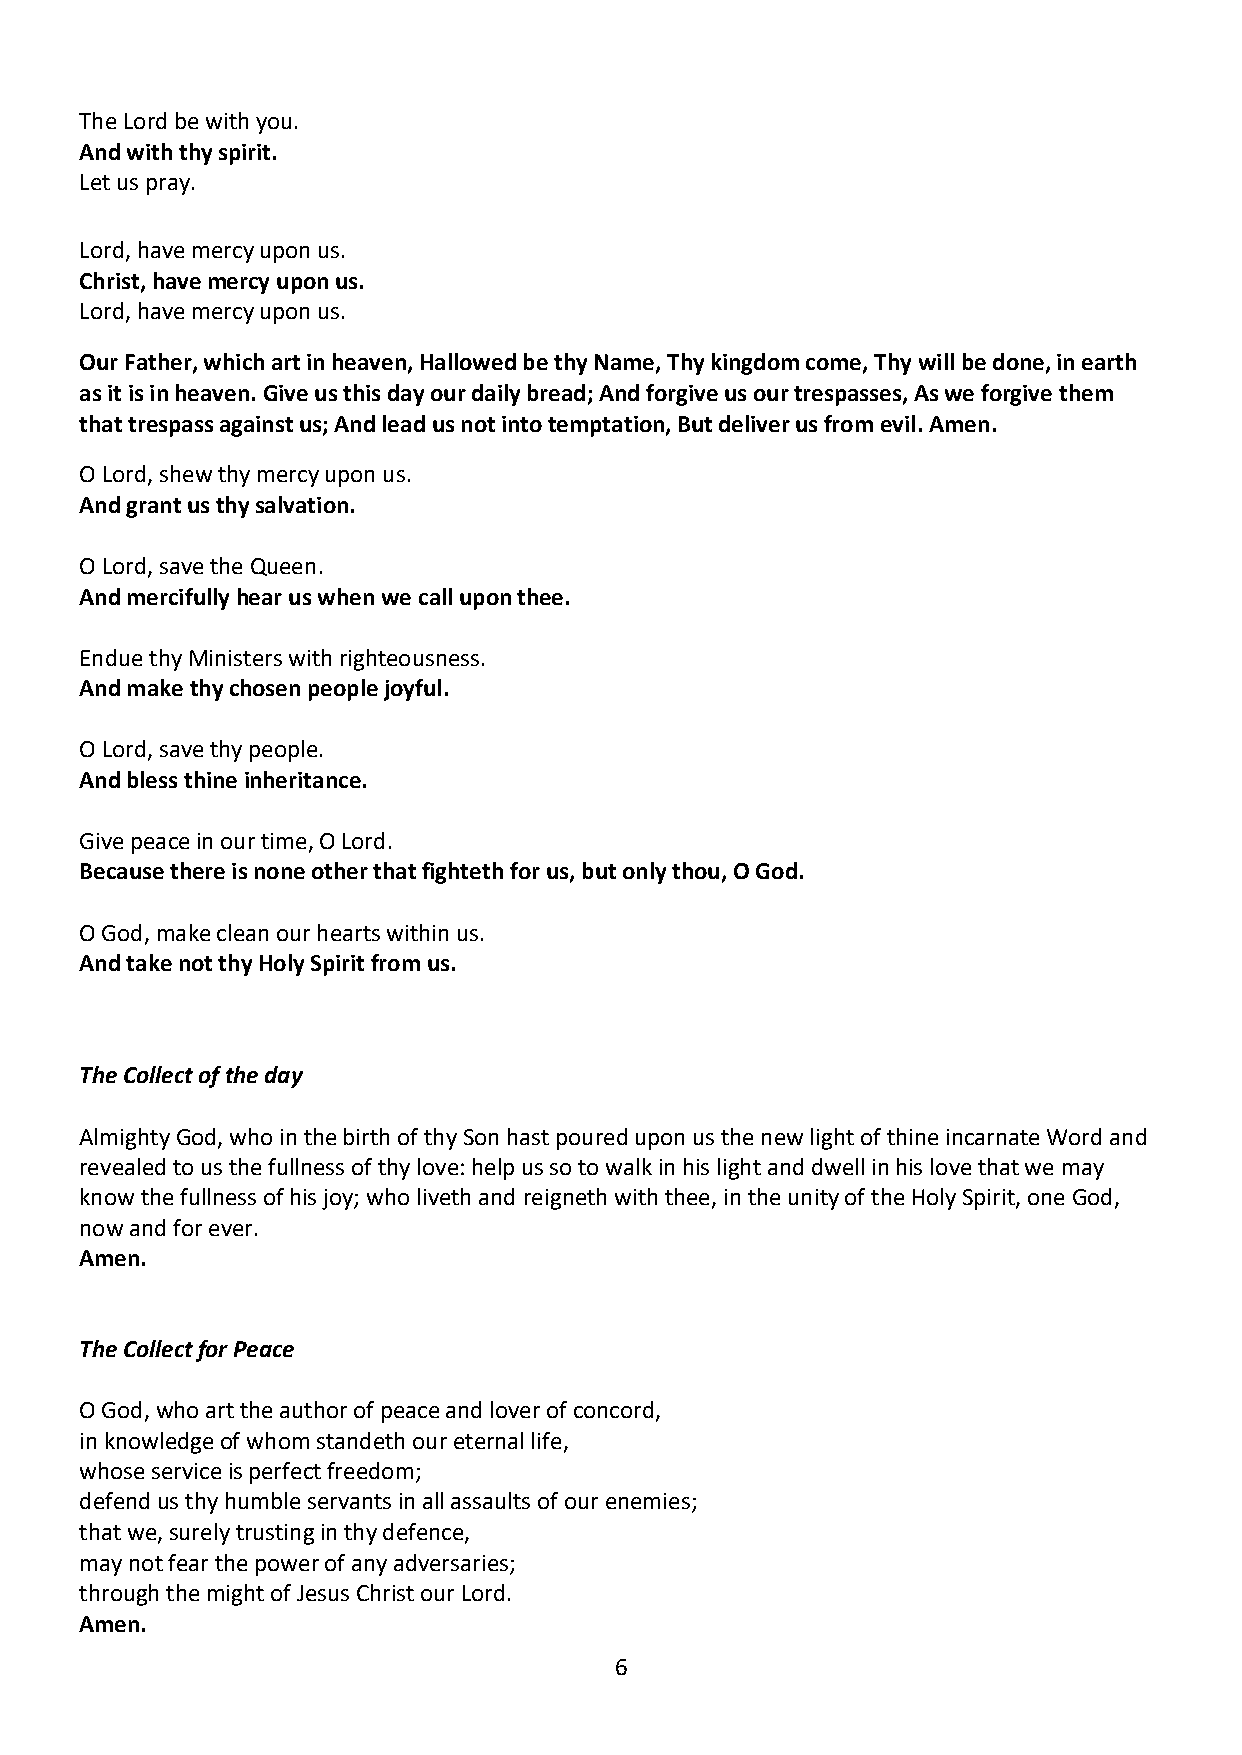
The Lord be with you.
 And with thy spirit.
 Let us pray.
 Lord, have mercy upon us.
 Christ, have mercy upon us.
 Lord, have mercy upon us.
 Our Father, which art in heaven, Hallowed be thy Name, Thy kingdom come, Thy will be done, in earth
 as it is in heaven. Give us this day our daily bread; And forgive us our trespasses, As we forgive them
 that trespass against us; And lead us not into temptation, But deliver us from evil. Amen.
 O Lord, shew thy mercy upon us.
 And grant us thy salvation.
 O Lord, save the Queen.
 And mercifully hear us when we call upon thee.
 Endue thy Ministers with righteousness.
 And make thy chosen people joyful.
 O Lord, save thy people.
 And bless thine inheritance.
 Give peace in our time, O Lord.
 Because there is none other that fighteth for us, but only thou, O God.
 O God, make clean our hearts within us.
 And take not thy Holy Spirit from us.
 The Collect of the day
 Almighty God, who in the birth of thy Son hast poured upon us the new light of thine incarnate Word and
 revealed to us the fullness of thy love: help us so to walk in his light and dwell in his love that we may
 know the fullness of his joy; who liveth and reigneth with thee, in the unity of the Holy Spirit, one God,
 now and for ever.
 Amen.
 The Collect for Peace
 O God, who art the author of peace and lover of concord,
 in knowledge of whom standeth our eternal life,
 whose service is perfect freedom;
 defend us thy humble servants in all assaults of our enemies;
 that we, surely trusting in thy defence,
 may not fear the power of any adversaries;
 through the might of Jesus Christ our Lord.
 Amen.
 6